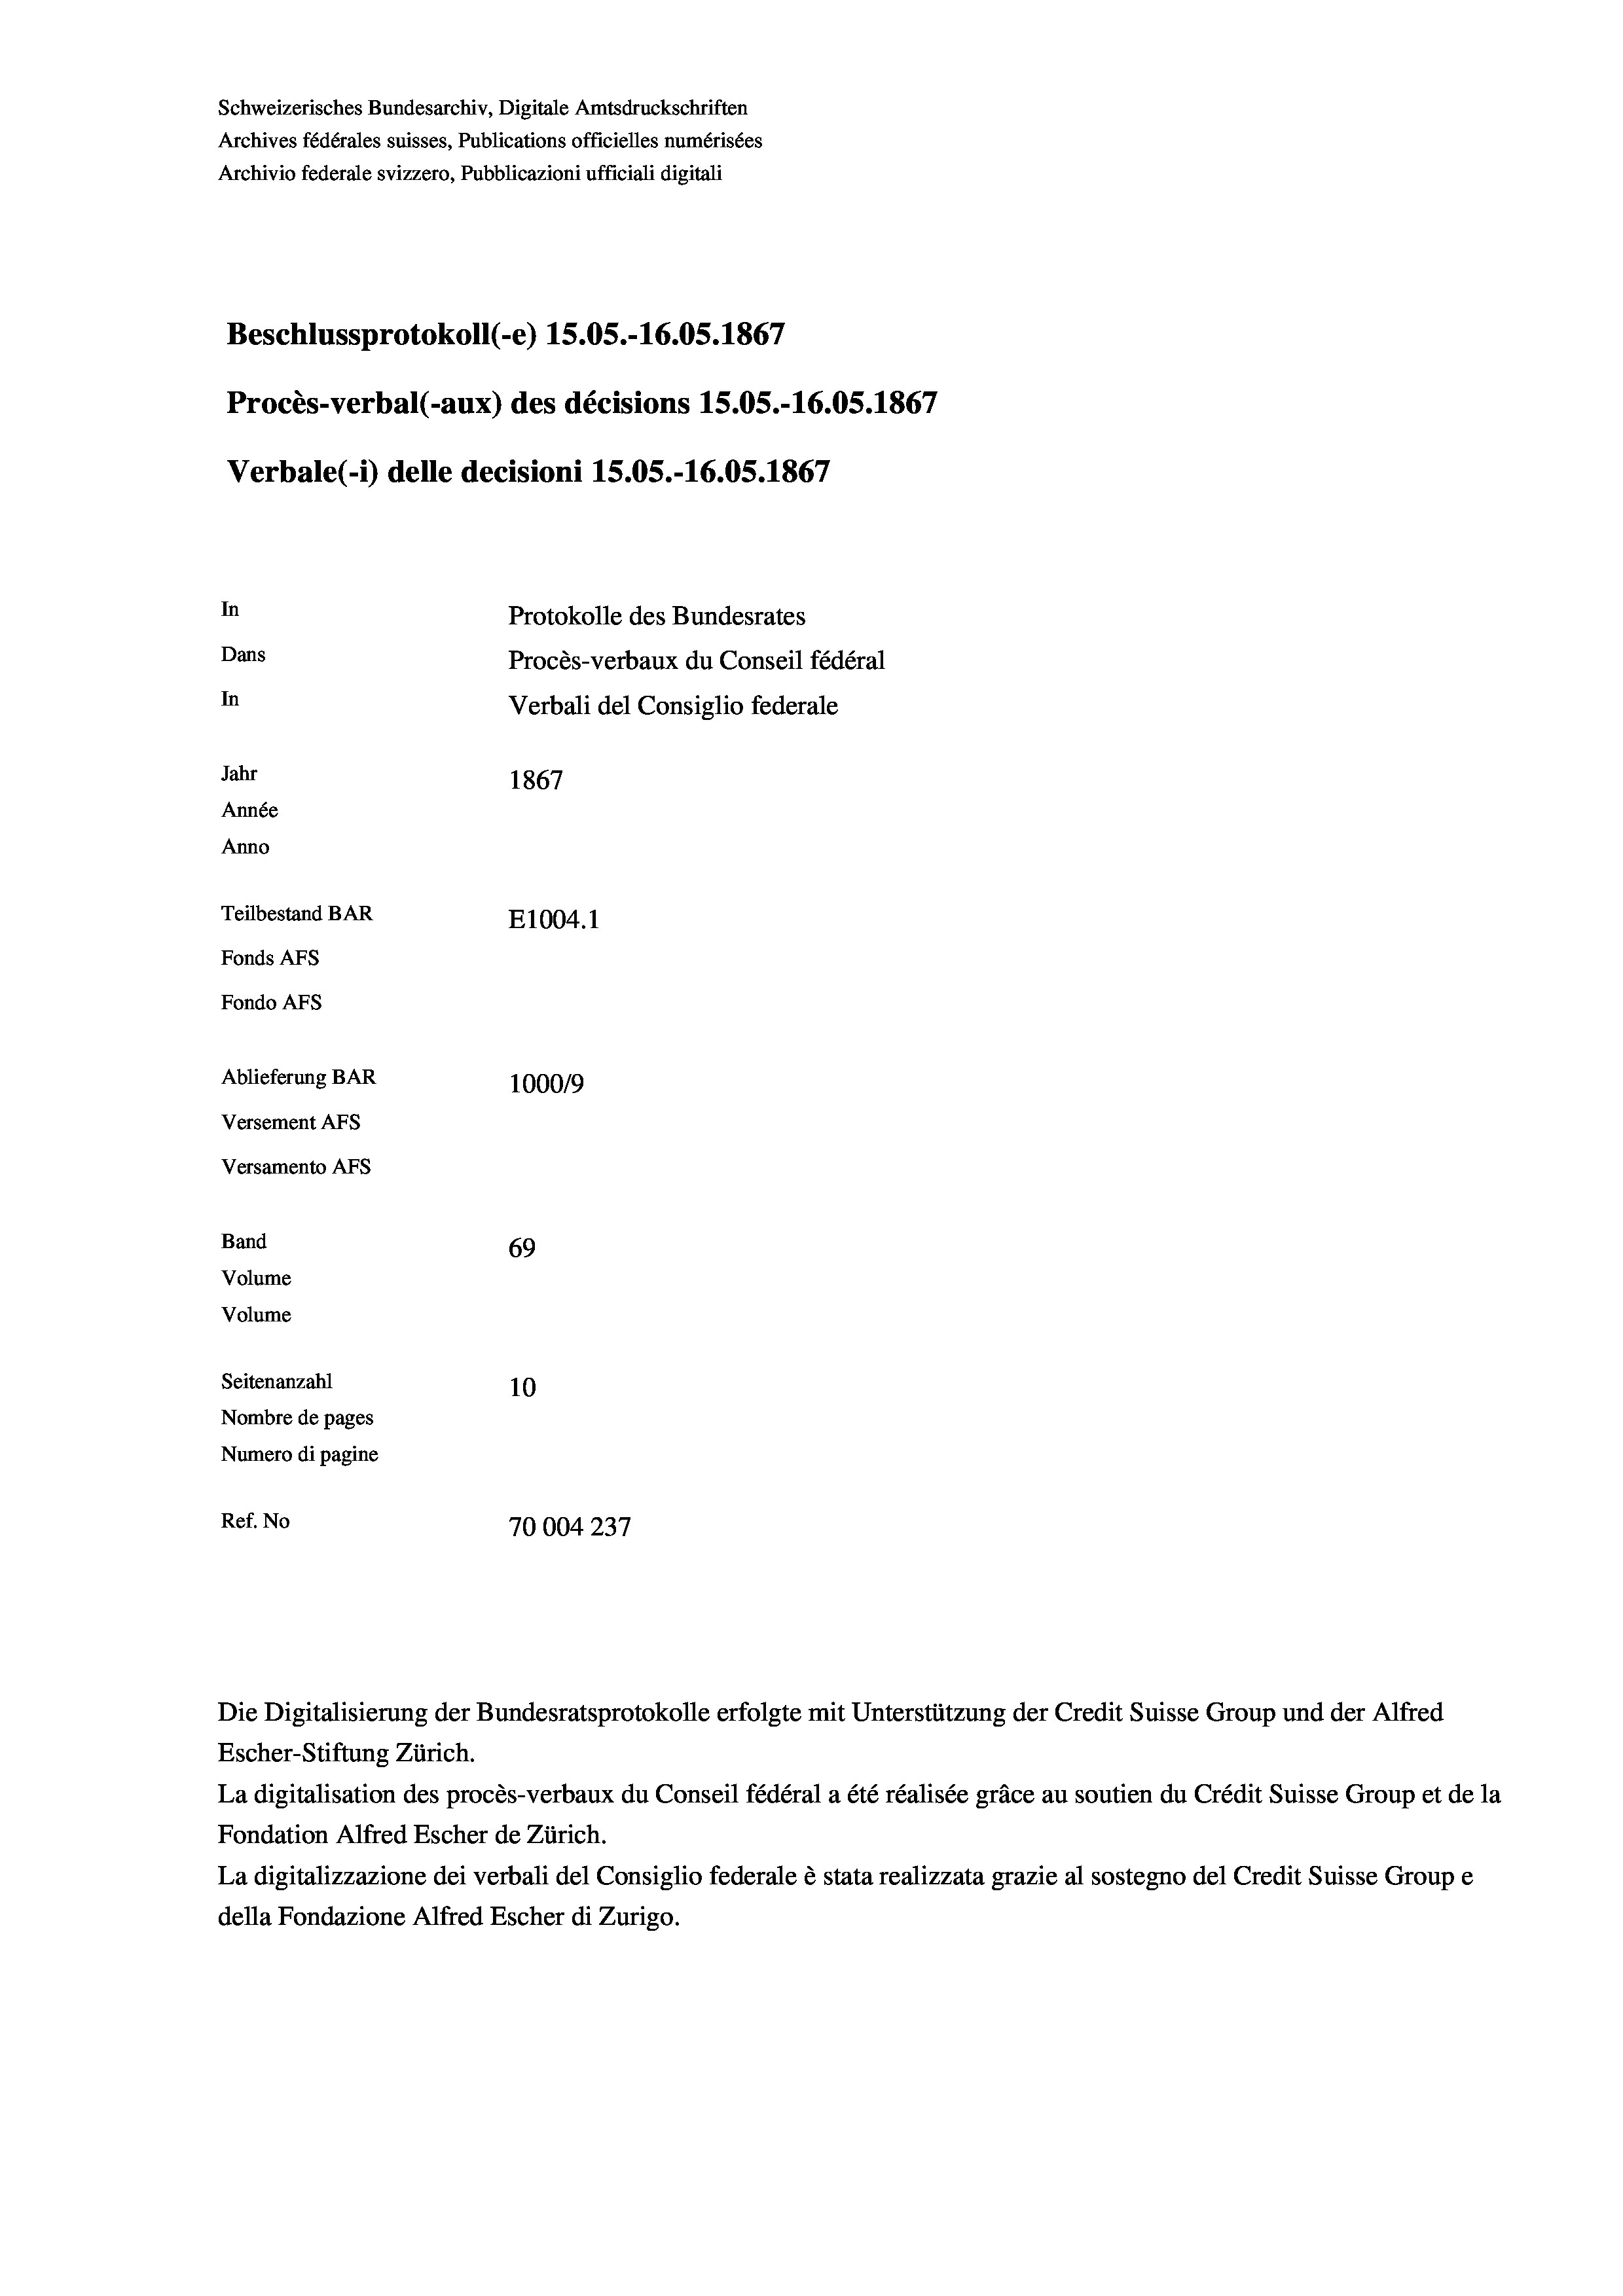
Schweizerisches Bundesarchiv, Digitale Amtsdruckschriften
Archives fédérales suisses, Publications officielles numérisées
Archivio federale svizzero, Pubblicazioni ufficiali digitali
Beschlussprotokoll (-e) 15.05.-16.05. 1867
Procès-verbal (-aux) des décisions 15.05.-16.05. 1867
Verbale(-*) delle decisioni 15.05.-16.05. 1867
In
Protokolle des Bundesrates
Dans
Procès-verbaux du Conseil fédéral
In
Verbali del Consiglio federale
Jahr
1867
Année
Anno
Teilbestand BAR
E1004.1
Fonds AFs
Fondo Afs
Ablieferung BAR
100019
Versement AFs
Versamento AFs
Band
69
Volume
Volume

Seitenanzahl
10
Nombre de pages
Numero di pagine
Ref. No
70004237

Escher-Stiftung Zürich.
La digitalisation des procès-verbaux du Conseil fédéral a été réalisée gräce au soutien du Crédit Suisse Group et de la
Fondation Alfred Escher de Zürich.
La digitalizzazione dei verbali del Consiglio federale è stata realizzata grazie al sostegno del Credit Suisse Groupe
della Fondazione Alfred Escher di Zurigo.

Die Digitalisierung der Bundesratsprotokolle erfolgte mit Unterstützung der Credit Suisse Group und der Alfred